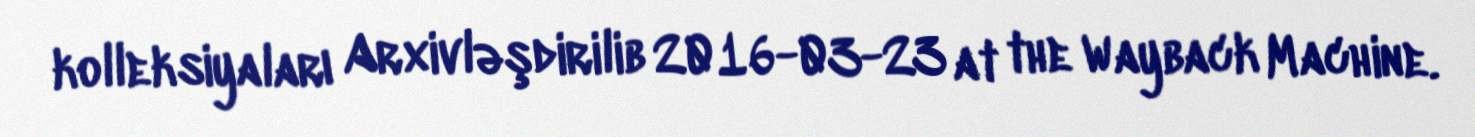
kolleksiyaları Arxivləşdirilib 2016-03-23 at the Wayback Machine.